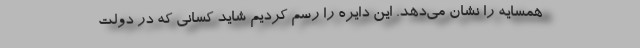
همسایه را نشان می‌دهد. این دایره را رسم کردیم شاید کسانی که در دولت